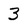
Character: 3